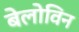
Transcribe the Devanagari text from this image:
बेलोविन